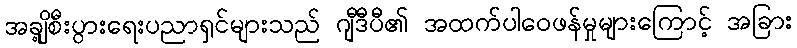
အချို့စီးပွားရေးပညာရှင်များသည် ဂျီဒီပီ၏ အထက်ပါဝေဖန်မှုများကြောင့် အခြား